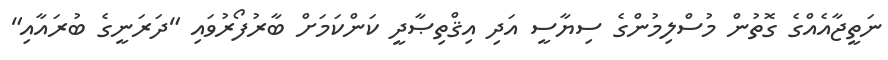
ނަތީޖާއެއްގެ ގޮތުން މުސްލިމުންގެ ސިޔާސީ އަދި އިޤްތިޞާދީ ކަންކަމަށް ބާރުފޯރުވައި "ދަރަނީގެ ބުރައާއި"